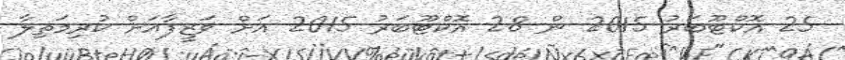
25 އޮކްޓޫބަރު 2015 ން 28 އޮކްޓޫބަރު 2015 އަށް ވަޒީފާއަށް ކުރިމަތިލާ